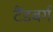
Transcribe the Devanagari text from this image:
टैंडबर्ग